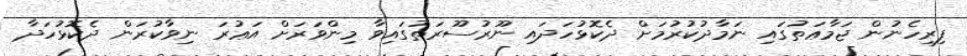
ފިރިހެނުން ޖަމާޢަތުގައި ނަމާދުކުރުމަށް ދެކޮޅުހަދައި ނޫރުސޫރަތުގައިވާ މިންވަރަށް އަޢުރަ ނިވާކުރަން ދެކޮޅުހަދާ